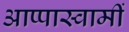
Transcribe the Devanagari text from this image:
आप्पास्वामीं